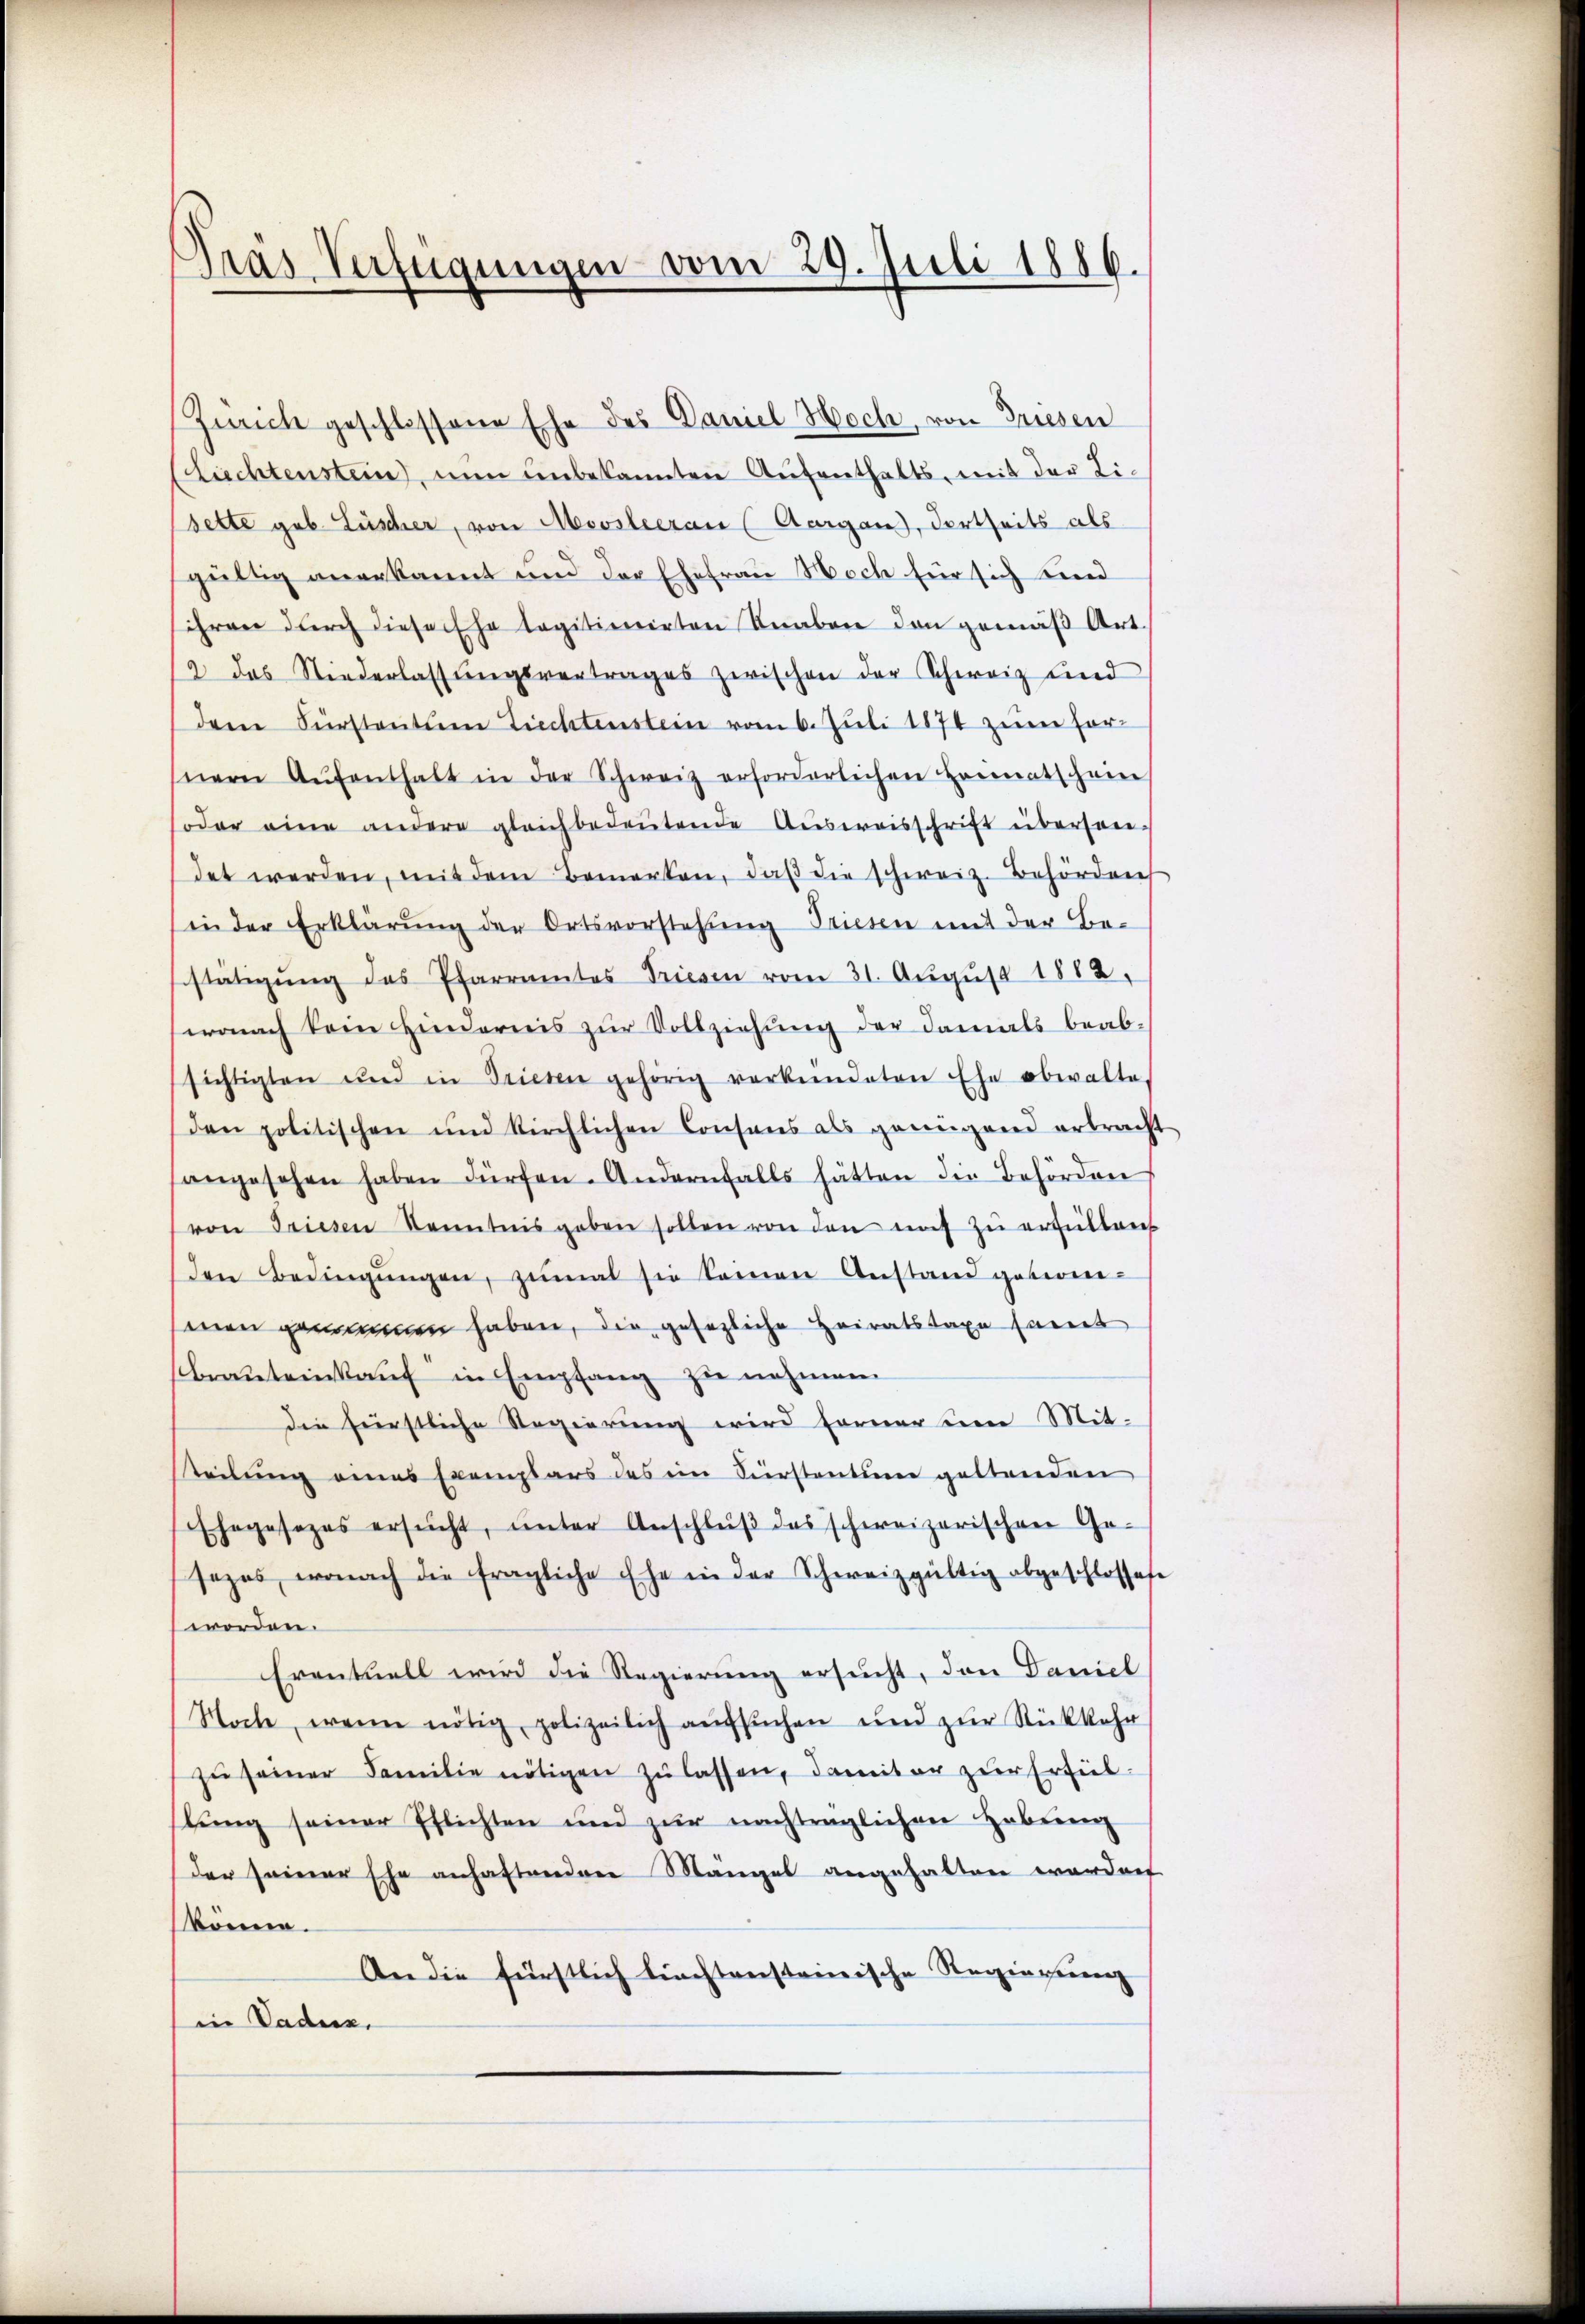
Gras Verfügungen vom 29. Juli 1886.

Zürich geschlossene Ehe des Daniel Hoch, von Griesen
Liechtenstein, nun unbekannten Aufenthalts, mit der Lisette geb. Lüscher, von Moosleerau (Aargau, dortseits als
gültig anerkannt und der Ehefrau Noch für sich und
ihren durch diese ha legitimirten Knaben den gemäß Art
2 das Niederlassŭngsvertrages zwischen der Schweiz und
dem Fürstentum Ziechtenstein vom 6. Juli 1874 zŭm For-
snern Aŭfenthalt in der Schweiz erforderlichen Heimatschein
oder eine andere gleichbedeŭtende Aŭsweisschrift übersen-
det werden, mit dem Bemerken, daβ die schweiz. Behörden
in der Erklärung der Ortsvorstehung Triesen mit der Be-
stätigŭng des Pfarramtes Triesen vom 31. Aŭgŭst 1882.
wonach kein Hindernis zur Vollziehung der damals beab-
sichtigten und in Triesen gehörig verkündeten Ehe obwalte,
den politischen und kirchlichen Consens als genügend erbracht
angesehen haben dürfen. Andernfalls hätten die Behörden
von Triesen Kenntnis geben sollen von den mich zŭ erfüllen
den Bedingŭngen, zumal sie keinen Anstand geberne
senen genommen haben, die gesezliche Heiratstaxe samt
Brauteinkauf in Empfang zu nehmen
Die fürstliche Regierung wird ferner um Mit-
steilung eines Exemplars des im Fürstentum geltenden
Ehegesezes ersŭcht, ŭnter Anschlŭβ des schweizerischen Ge-
sezes, wonach die fragliche Ehe in der Schweizgültig abgeschlossese
worden.
Eventuell wird die Regierung ersucht, den Daniel
Woche, wenn nötig polizeilich aŭfsŭchen und zŭr Rückkehr
zŭ seiner Familie nötigen zŭ lassen, damit er zur Erfüllung seiner Pflichten und zur nachträglichen Hebung
der seiner Ehe anhaftenden Mängel angehalten worden
könne.
An die fürstlich liechtensteinische Regierung
in Ladenz.